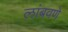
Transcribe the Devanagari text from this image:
लांबवणे